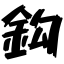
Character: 鈎